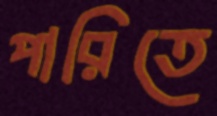
পারিতে